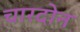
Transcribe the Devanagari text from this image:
चारदोन